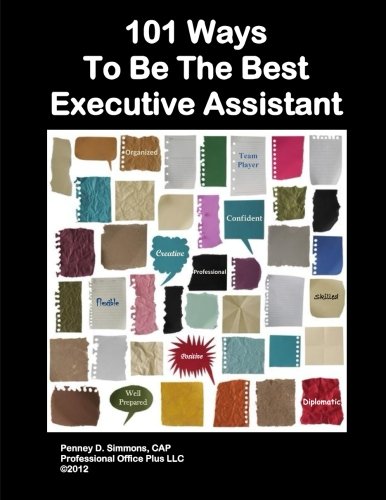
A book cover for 101 Ways To Be The Best Executive Assistant; Penney Simmons; Business & Money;